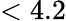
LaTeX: <4.2